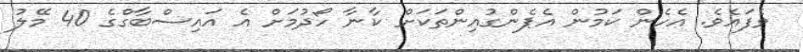
ވެފައެވެ. އެހެން ކަމުން އެޕެންގުއިންތަކަށް ކާނާ ހޯދުމަށް އެ އައިސްބާގްގެ 40 މޭލު